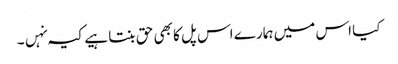
کیا اس میں ہمارے اس پل کا بھی حق بنتا ہیے کیہ نہں۔